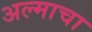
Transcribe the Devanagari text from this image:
अल्माचा